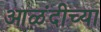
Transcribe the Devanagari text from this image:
आळंदीच्या